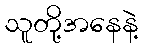
သူတို့အနေနဲ့